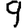
Digit: 9